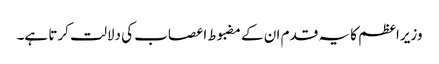
وزیراعظم کا یہ قدم ان کے مضبوط اعصاب کی دلالت کرتا ہے۔